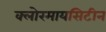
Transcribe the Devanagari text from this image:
क्लोरमायसिटीन